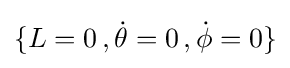
\{L=0\,,{\dot {\theta }}=0\,,{\dot {\phi }}=0\}